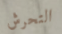
التحرش